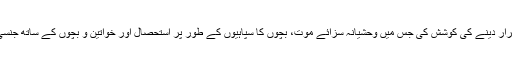
اس نے بے مثل سفاکیت کو جائز قرار دینے کی کوشش کی جس میں وحشیانہ سزائے موت، بچوں کا سپاہیوں کے طور پر استحصال اور خواتین و بچوں کے ساتھ جنسی بدسلوکی اور ان کا قتل شامل ہے۔